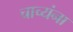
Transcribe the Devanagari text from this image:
चाच्यंना